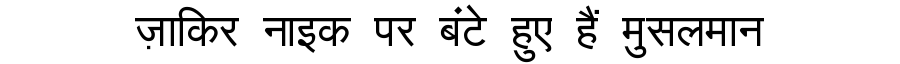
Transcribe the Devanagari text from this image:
ज़ाकिर नाइक पर बंटे हुए हैं मुसलमान